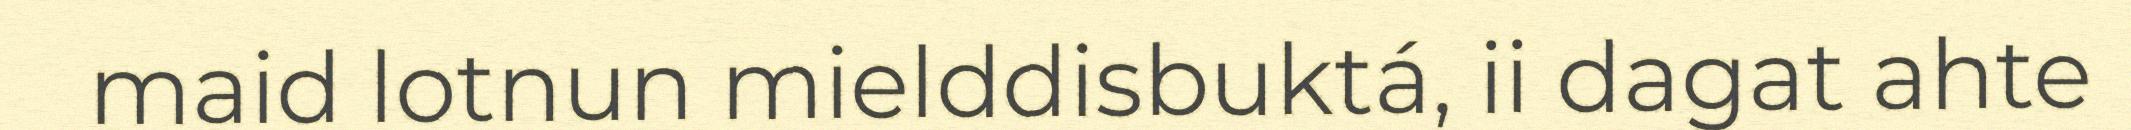
maid lotnun mielddisbuktá, ii dagat ahte